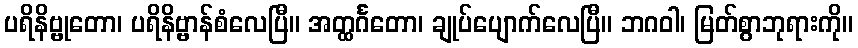
ပရိနိဗ္ဗုတော၊ ပရိနိဗ္ဗာန်စံလေပြီ။ အတ္ထင်္ဂတော၊ ချုပ်ပျောက်လေပြီ။ ဘဂဝါ၊ မြတ်စွာဘုရားကို။